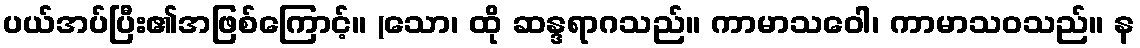
ပယ်အပ်ပြီး၏အဖြစ်ကြောင့်။ (သော၊ ထို ဆန္ဒရာဂသည်။ ကာမာသဝေါ၊ ကာမာသဝသည်။ န